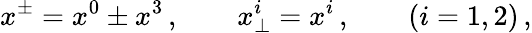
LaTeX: x^{\pm}=x^{0}\pm x^{3}\, ,\quad\quad x_{\bot}^{i}=x^{i}\, ,\quad\quad(i=1,2)\, ,